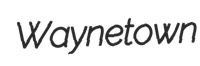
Waynetown